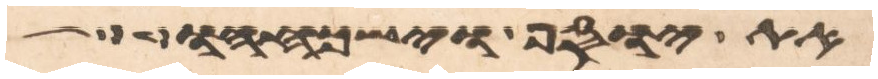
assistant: את יוסף וישכחהו